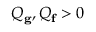
Q _ { \mathbf { g } } , Q _ { \mathbf { f } } > 0